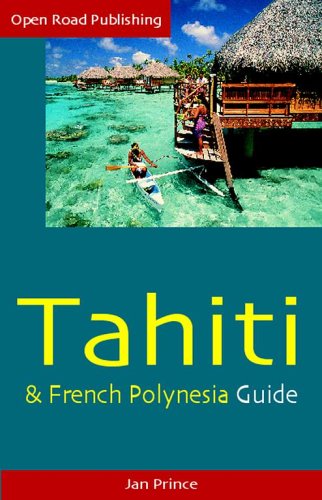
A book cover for Tahiti & French Polynesia Guide, 4th Ed. (Open Road's Tahiti & French Polynesia Guide); Jan Prince; Travel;